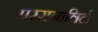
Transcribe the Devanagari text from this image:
परसनालिटी